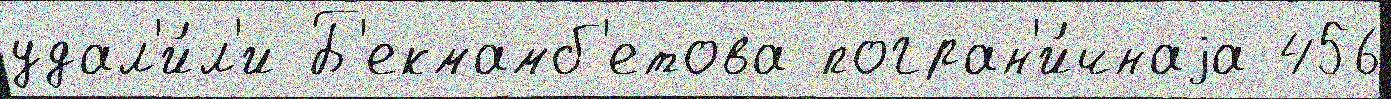
удал'и́л'и Б'екмамб'етова погран'и́чнаjа 456